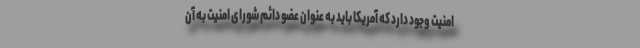
امنیت وجود دارد که آمریکا باید به عنوان عضو دائم شورای امنیت به آن